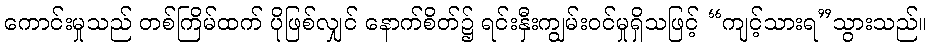
ကောင်းမှုသည် တစ်ကြိမ်ထက် ပိုဖြစ်လျှင် နောက်စိတ်၌ ရင်းနှီးကျွမ်းဝင်မှုရှိသဖြင့် “ကျင့်သားရ”သွားသည်။